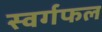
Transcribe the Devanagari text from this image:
स्वर्गफल